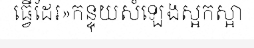
ធ្វើដែរ»កន្ទុយសំឡេងស្អកស្អា